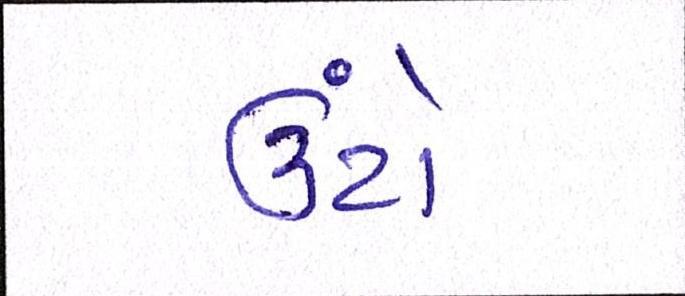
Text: ઉંટો